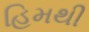
હિમથી